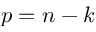
p = n - k